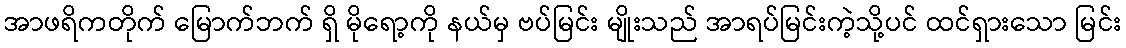
အာဖရိကတိုက် မြောက်ဘက် ရှိ မိုရော့ကို နယ်မှ ဗပ်မြင်း မျိုးသည် အာရပ်မြင်းကဲ့သို့ပင် ထင်ရှားသော မြင်း